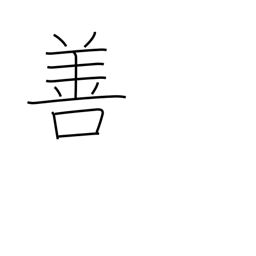
Meaning: goodness